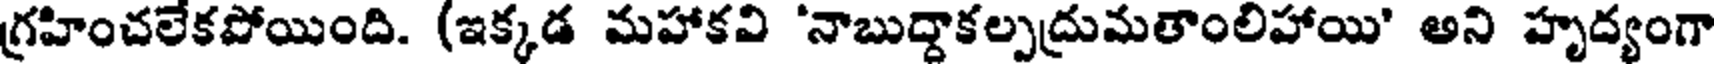
గ్రహించలేకపోయింది. (ఇక్కడ మహాకవి 'నాబుద్దాకల్పద్రుమతాంలిహాయి' అని హృద్యంగా